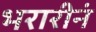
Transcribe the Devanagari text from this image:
भरारीनं